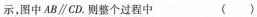
示，图中AB\parallel CD。则整个过程中 ( )